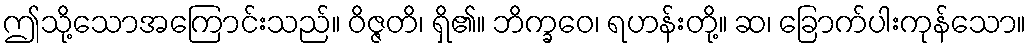
ဤသို့သောအကြောင်းသည်။ ဝိဇ္ဇတိ၊ ရှိ၏။ ဘိက္ခဝေ၊ ရဟန်းတို့။ ဆ၊ ခြောက်ပါးကုန်သော။